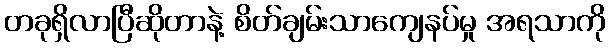
တခုရှိလာပြီဆိုတာနဲ့ စိတ်ချမ်းသာကျေနပ်မှု အရသာကို